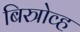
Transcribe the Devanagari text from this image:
बिस्त्रोव्ह